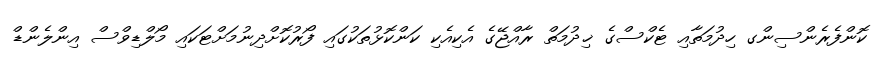
ކޮންފެރެންސިންގ ހިދުމަތާއި ޓެކްސްގެ ޚިދުމަތް ރާއްޖޭގެ އެކިއެކި ކަންކޮޅުތަކުގައި ފޯރުކޮށްދިނުމަށްޓަކައި މޯލްޑިވްސް އިންލެންޑް